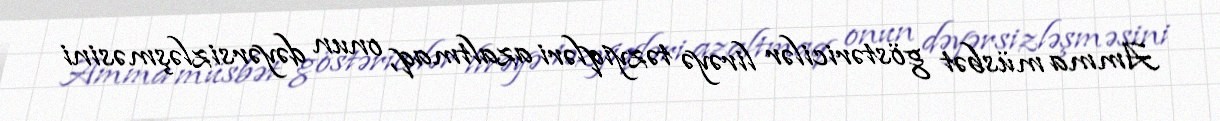
Amma müsbət göstəricilər lirəyə təzyiqləri azaltmaq, onun dəyərsizləşməsini